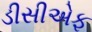
ડીસીએફ